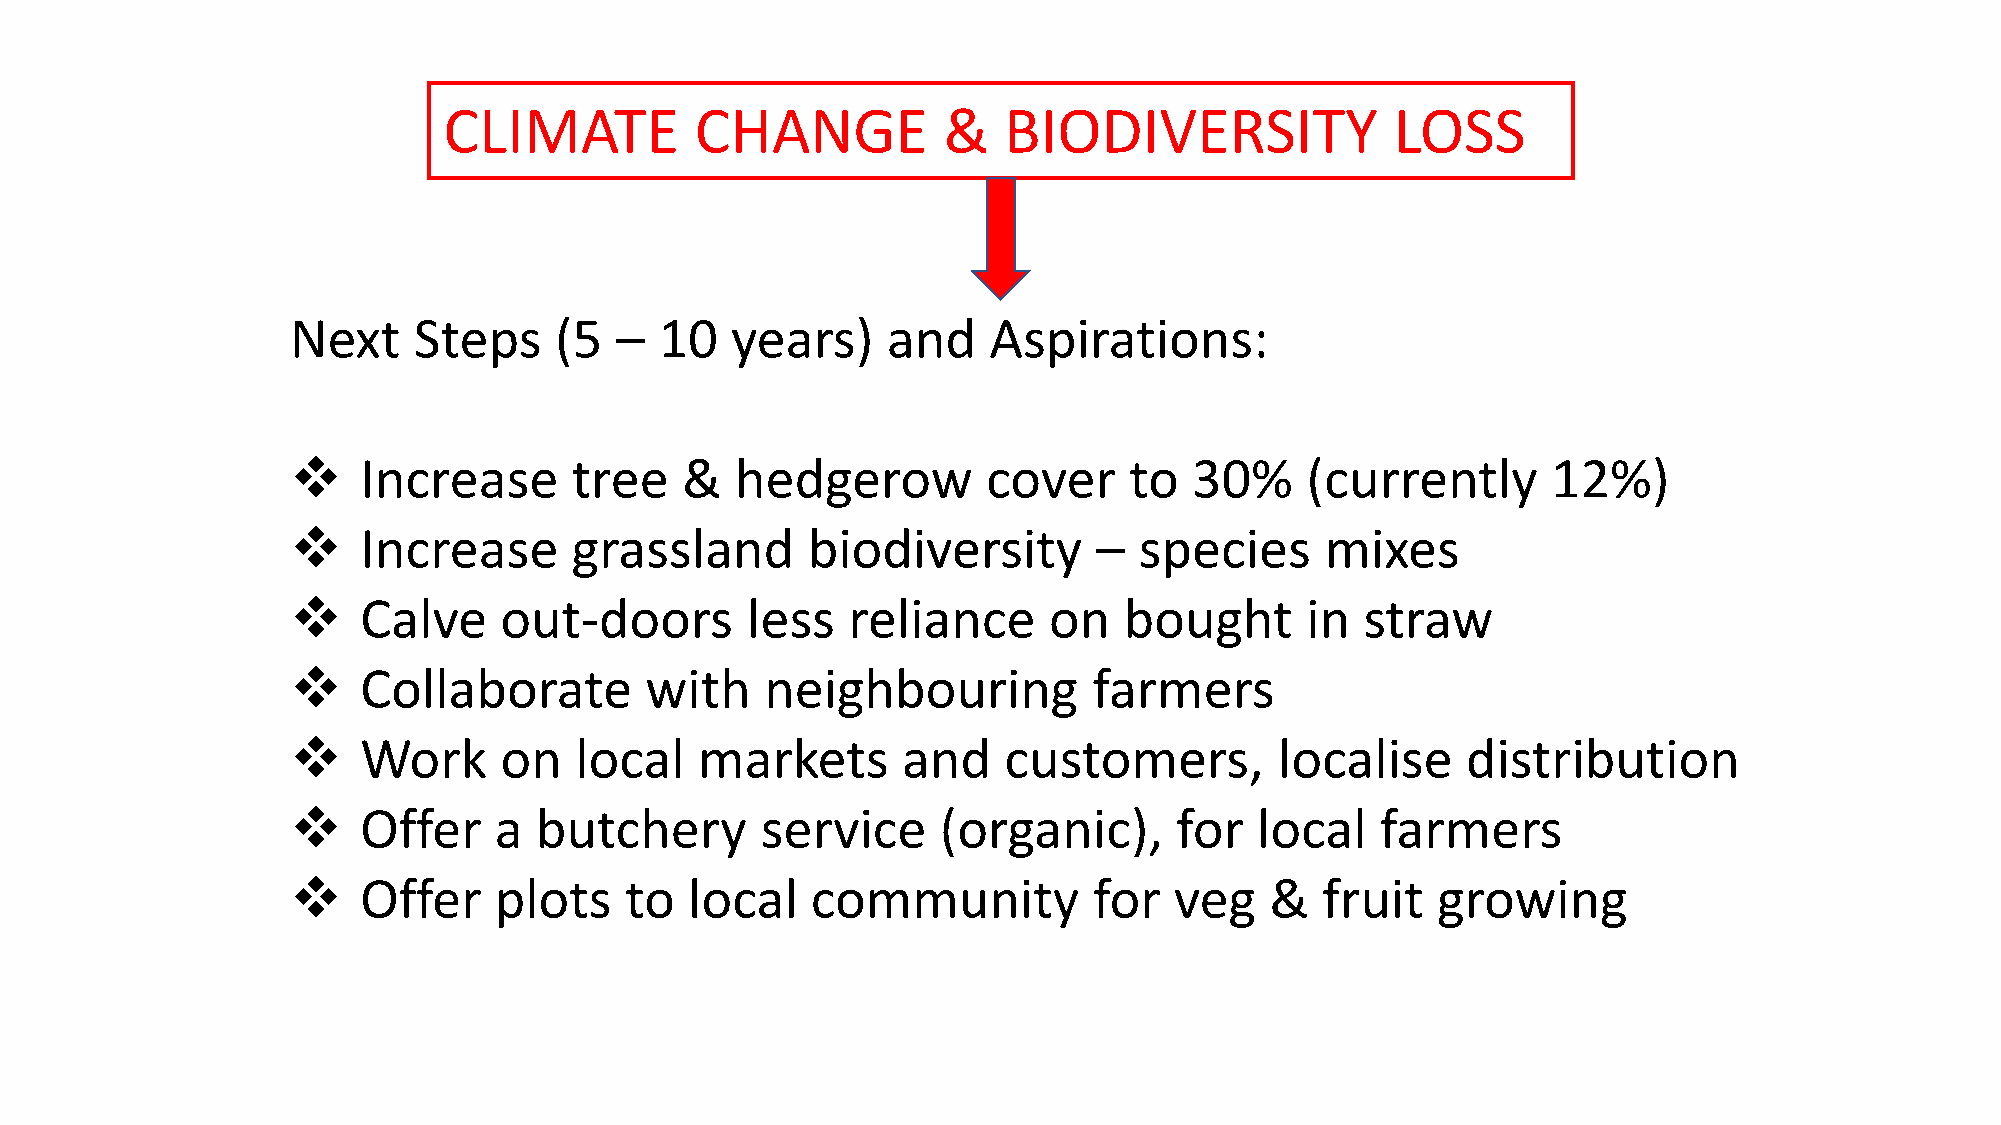
CLIMATE          CHANGE          &   BIODIVERSITY              LOSS
 Next    Steps     (5  –  10  years)     and   Aspirations:
 ❖    Increase      tree   &   hedgerow        cover     to  30%    (currently       12%)
 ❖    Increase      grassland      biodiversity        – species      mixes
 ❖    Calve    out-doors       less   reliance     on   bought      in  straw
 ❖    Collaborate        with    neighbouring         farmers
 ❖    Work     on   local   markets       and   customers,         localise    distribution
 ❖    Offer    a butchery       service     (organic),      for  local   farmers
 ❖    Offer    plots   to   local   community         for   veg   &  fruit   growing